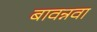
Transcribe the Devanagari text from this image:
बावन्नवा